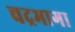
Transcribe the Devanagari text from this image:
चद्रभागा